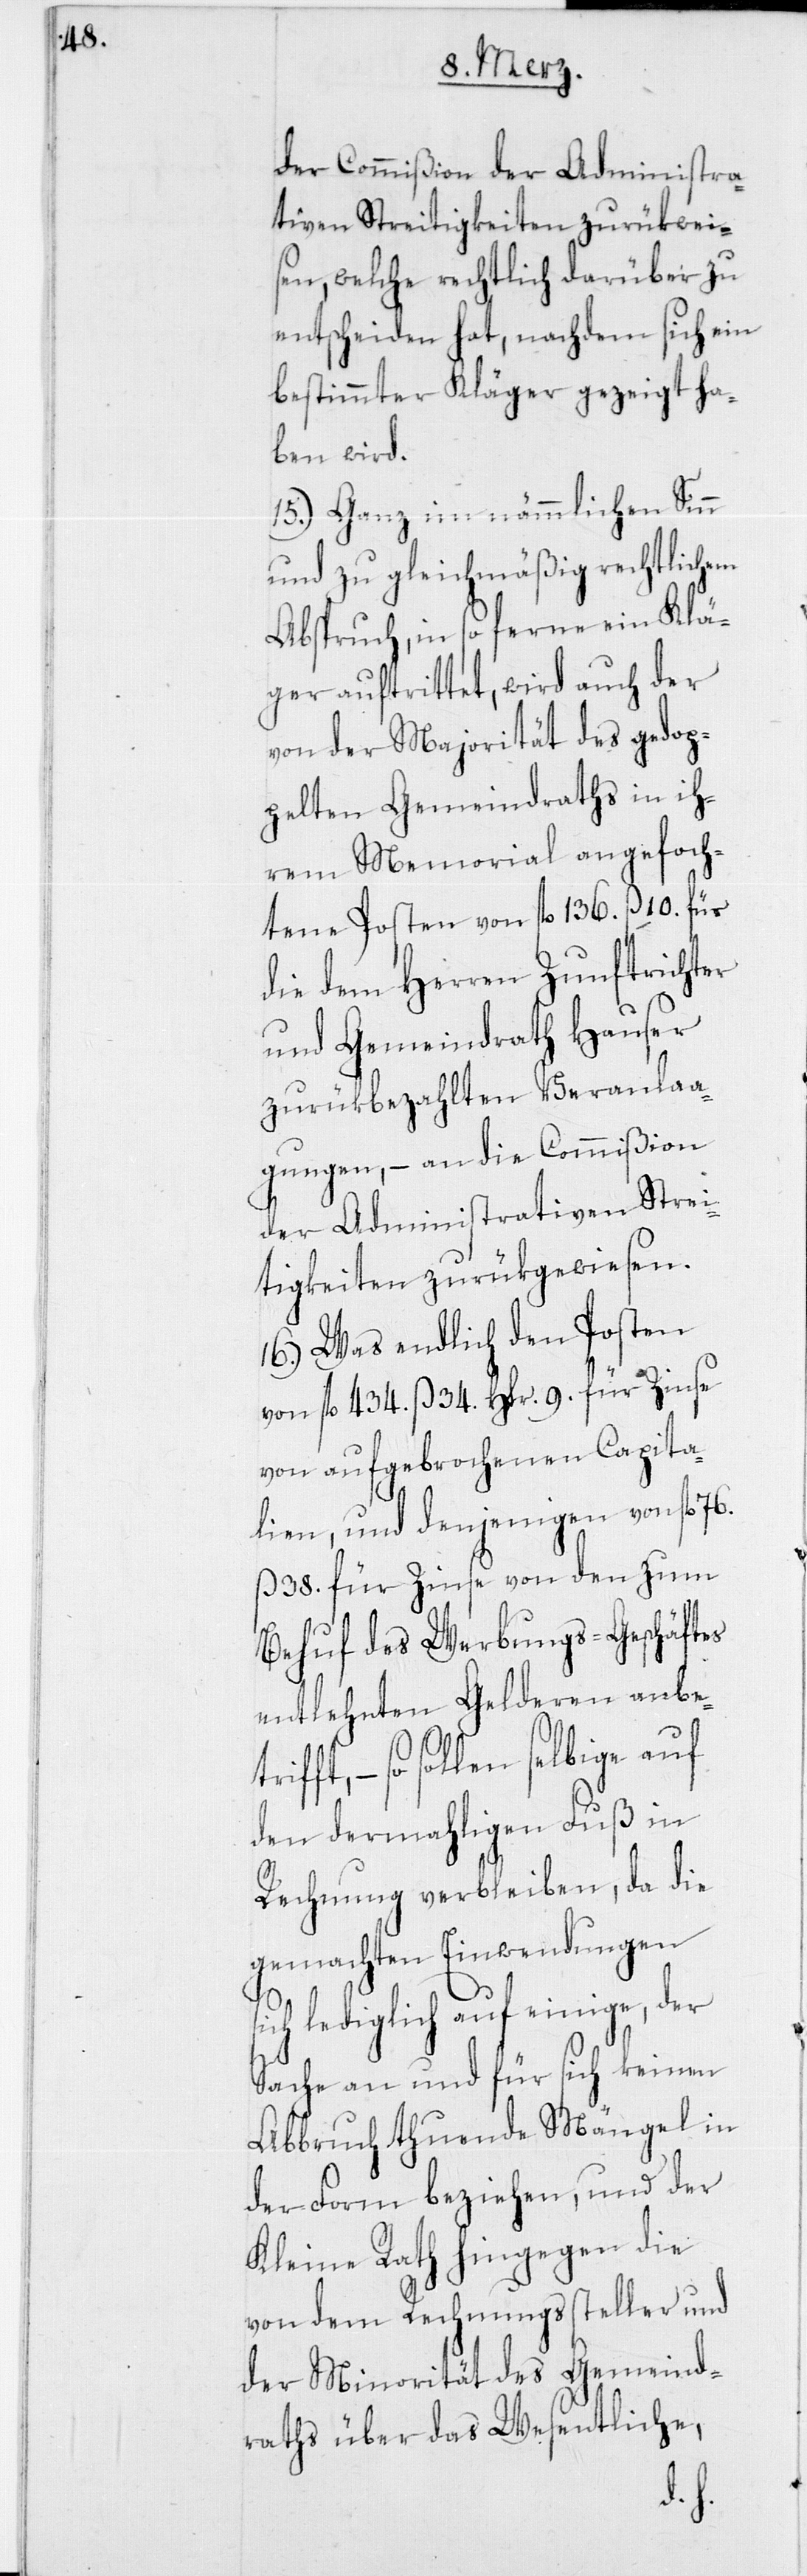
der Commißion der Administra¬
tiven Streitigkeiten zurükweis¬
en, welche rechtlich darüber zu
entscheiden hat, nachdem sich ein
bestimmter Kläger gezeigt ha¬
ben wird.
15.) Ganz im nämmlichen Sinn
und zu gleichmäßig rechtlichem
Abspruch, in so ferne ein Klä¬
ger auftrittet, wird auch der
von der Majorität des gedop¬
pelten Gemeindraths in ih¬
rem Memorial angefoch¬
tene Posten von fl. 136. ß 10. für
die dem Herren Zunftrichter
und Gemeindrath Hauser
zurükbezahlten Veranla¬
gungen, – an die Commißion
der Administrativen Strei¬
tigkeiten zurükgewiesen.
16.) Was endlich den Posten
von fl. 434. ß 34. Hlr. 9. für Zinse
von aufgebrochenen Capita¬
lien, und denjenigen von fl.
ß 38. für Zinse von den zum
Behuf des Werbungs-Geschäftes
entlehnten Gelderen anbe¬
trifft, – so sollen
den dermahligen Fuß in
Rechnung verbleiben, da die
gemachten Einwendungen
sich lediglich auf einige, der
Sache an und für sich keinen
Abbruch thuende Mängel in
der Form beziehen, und der
Kleine Rath hingegen die
von dem Rechnungssteller und
der Minorität des Gemeind¬
raths über das Wesentliche,